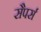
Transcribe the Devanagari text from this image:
सैपर्स